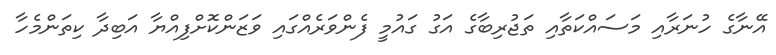
އޭނާގެ ހުނަރާއި މަސައްކަތާއި ތަޖުރިބާގެ އަގު ގައުމީ ފެންވަރެއްގައި ވަޒަންކޮށްފިއްޔާ އަބިދާ ކިތަންމެހާ